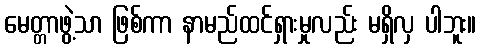
မေတ္တာဖွဲ့သာ ဖြစ်ကာ နာမည်ထင်ရှားမှုလည်း မရှိလှ ပါဘူး။